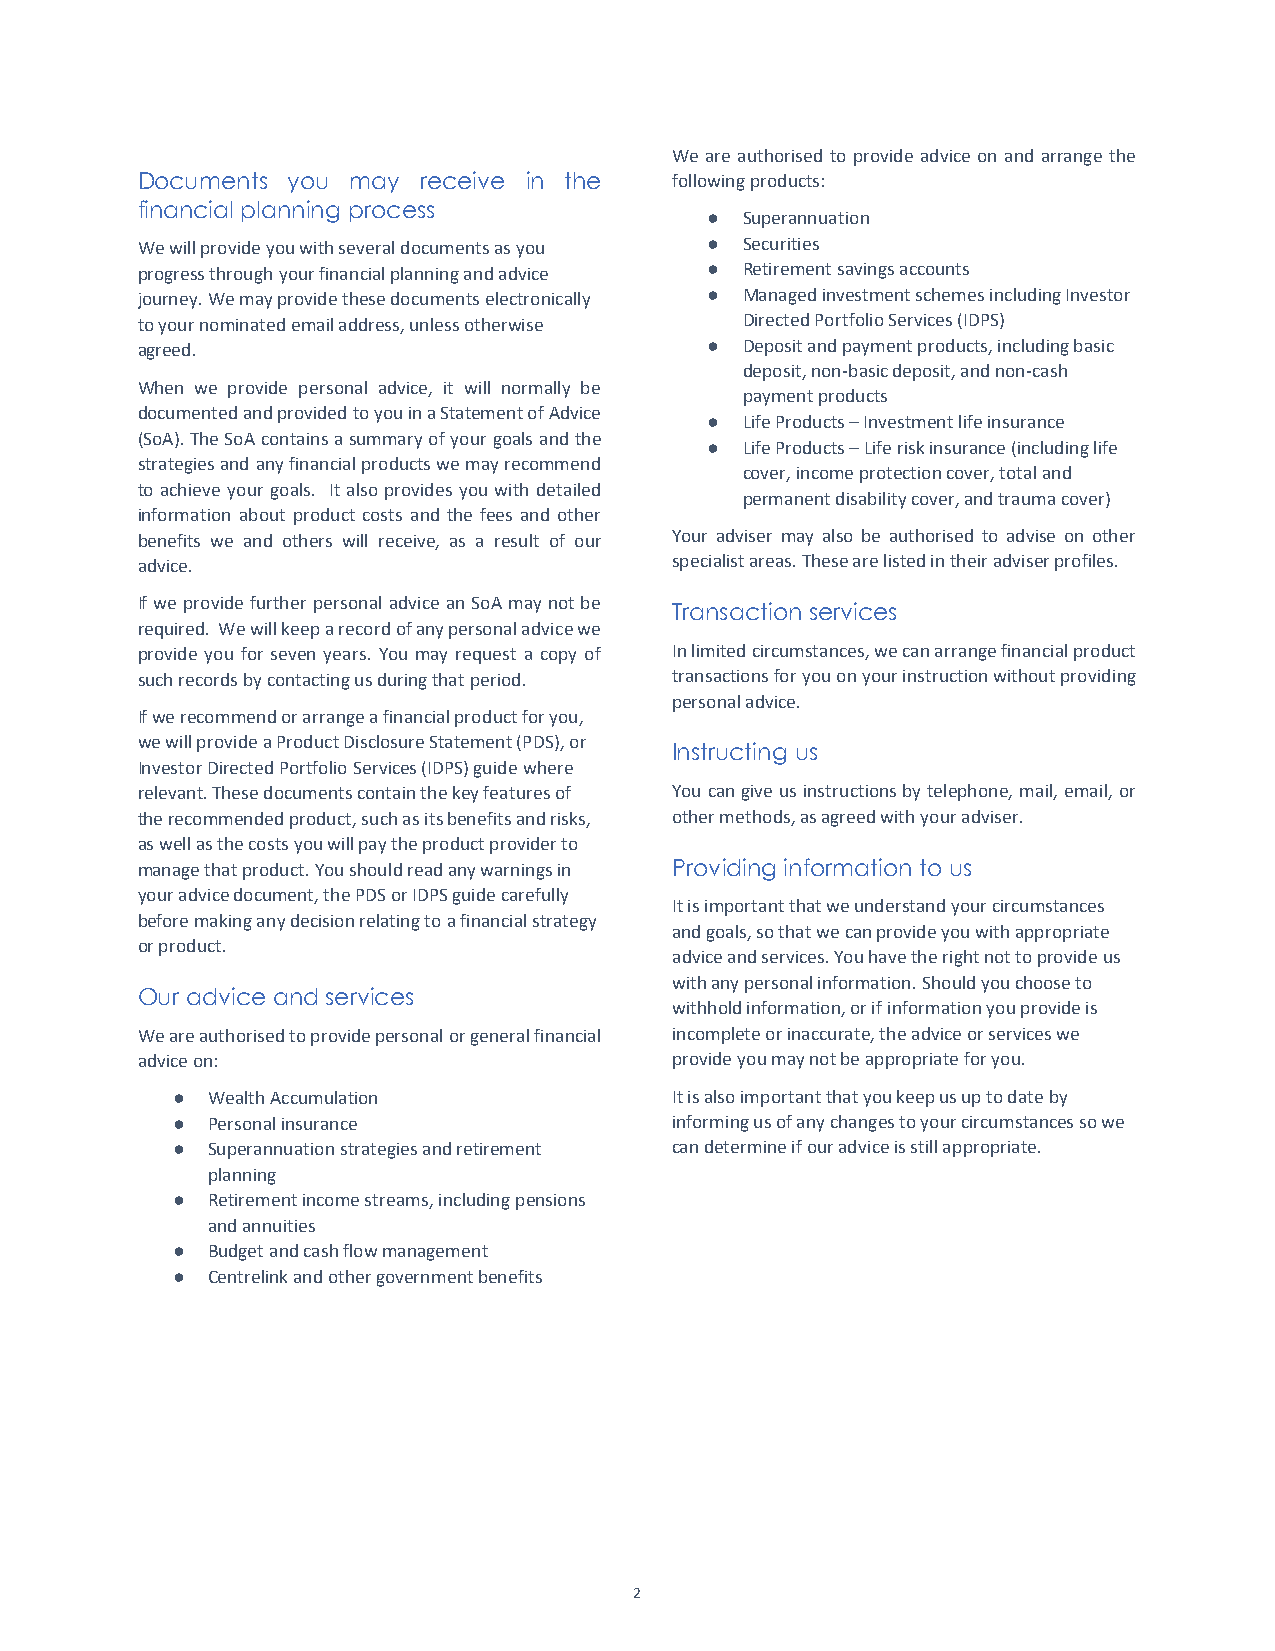
We are authorised to provide advice on and arrange the
 Documents you may  receive in the  following products:
 financial planning process
 ● Superannuation
 We will provide you with several documents as you ● Securities
 progress through your financial planning and advice ● Retirement savings accounts
 journey. We may provide these documents electronically ● Managed investment schemes including Investor
 to your nominated email address, unless otherwise Directed Portfolio Services (IDPS)
 agreed.                               ● Deposit and payment products, including basic
 deposit, non-basic deposit, and non-cash
 When we provide personal advice, it will normally be
 payment products
 documented and provided to you in a Statement of Advice
 ● Life Products – Investment life insurance
 (SoA). The SoA contains a summary of your goals and the
 ● Life Products – Life risk insurance (including life
 strategies and any financial products we may recommend
 cover, income protection cover, total and
 to achieve your goals. It also provides you with detailed
 permanent disability cover, and trauma cover)
 information about product costs and the fees and other
 benefits we and others will receive, as a result of our Your adviser may also be authorised to advise on other
 advice.                            specialist areas. These are listed in their adviser profiles.
 If we provide further personal advice an SoA may not be
 Transaction services
 required. We will keep a record of any personal advice we
 provide you for seven years. You may request a copy of In limited circumstances, we can arrange financial product
 such records by contacting us during that period. transactions for you on your instruction without providing
 personal advice.
 If we recommend or arrange a financial product for you,
 we will provide a Product Disclosure Statement (PDS), or
 Instructing us
 Investor Directed Portfolio Services (IDPS) guide where
 relevant. These documents contain the key features of You can give us instructions by telephone, mail, email, or
 the recommended product, such as its benefits and risks, other methods, as agreed with your adviser.
 as well as the costs you will pay the product provider to
 manage that product. You should read any warnings in Providing information to us
 your advice document, the PDS or IDPS guide carefully
 It is important that we understand your circumstances
 before making any decision relating to a financial strategy
 and goals, so that we can provide you with appropriate
 or product.
 advice and services. You have the right not to provide us
 with any personal information. Should you choose to
 Our advice and services
 withhold information, or if information you provide is
 We are authorised to provide personal or general financial incomplete or inaccurate, the advice or services we
 advice on:                         provide you may not be appropriate for you.
 ●  Wealth Accumulation           It is also important that you keep us up to date by
 ●  Personal insurance            informing us of any changes to your circumstances so we
 ●  Superannuation strategies and retirement can determine if our advice is still appropriate.
 planning
 ●  Retirement income streams, including pensions
 and annuities
 ●  Budget and cash flow management
 ●  Centrelink and other government benefits
 2